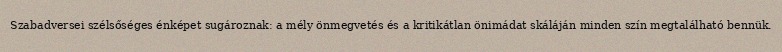
Szabadversei szélsőséges énképet sugároznak: a mély önmegvetés és a kritikátlan önimádat skáláján minden szín megtalálható bennük.